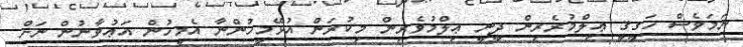
ނަމަވެސް ހަގީޤީ ޢިލްމުރެރިން ދީނީ ޢިލްމުވެރިން މިކުރަން އުޅޭމީހުންނާ އެމީހުން އަޢުވާނުން ނަށް